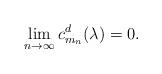
LaTeX: \begin{align*} \lim_{n \to \infty}c^d_{m_n}(\lambda) = 0. \end{align*}